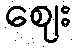
ဈေး